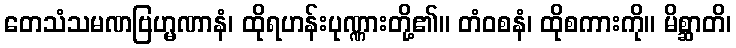
တေသံသမဏဗြဟ္မဏာနံ၊ ထိုရဟန်းပုဏ္ဏားတို့၏။ တံဝစနံ၊ ထိုစကားကို။ မိစ္ဆာတိ၊